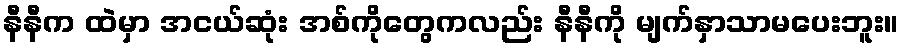
နီနီက ထဲမှာ အငယ်ဆုံး အစ်ကိုတွေကလည်း နီနီကို မျက်နှာသာမပေးဘူး။